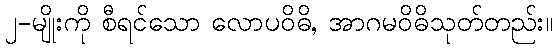
၂-မျိုးကို စီရင်သော လောပဝိဓိ, အာဂမဝိဓိသုတ်တည်း။